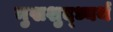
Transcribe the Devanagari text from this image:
मुखशुद्ध्यर्थ